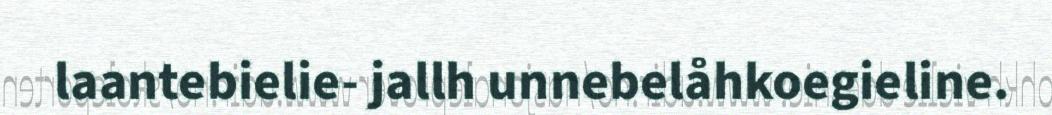
laantebielie- jallh unnebelåhkoegieline.